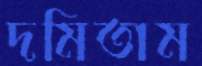
দমিতাম